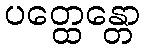
ပတ္ထေန္တော